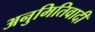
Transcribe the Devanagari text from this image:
अनुमितिवादी